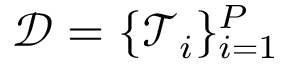
\mathcal { D } = \{ \mathcal { T } _ { i } \} _ { i = 1 } ^ { P }